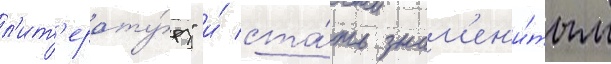
л'ит'ерату́ру" и́ ста́ть знам'ен'и́тым